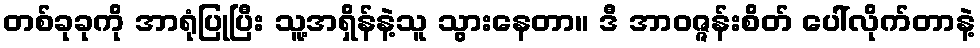
တစ်ခုခုကို အာရုံပြုပြီး သူ့အရှိန်နဲ့သူ သွားနေတာ။ ဒီ အာဝဇ္ဇန်းစိတ် ပေါ်လိုက်တာနဲ့